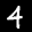
Label: 4